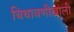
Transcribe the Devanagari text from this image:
चिथावणीखाली